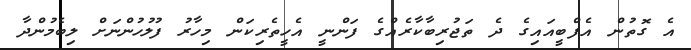
އެ ގޮތުން އެފްބީއައިގެ ދެ ތަޖުރިބާކާރެއްގެ ފަންނީ އެހީތެރިކަން މިހާރު ފުލުހުންނަށް ލިބެމުންދާ